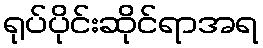
ရုပ်ပိုင်းဆိုင်ရာအရ